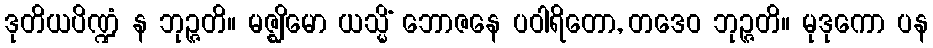
ဒုတိယပိဏ္ဍံ န ဘုဉ္ဇတိ။ မဇ္ဈိမော ယသ္မိံ ဘောဇနေ ပဝါရိတော, တဒေဝ ဘုဉ္ဇတိ။ မုဒုကော ပန